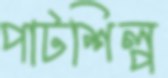
পাটশিল্প